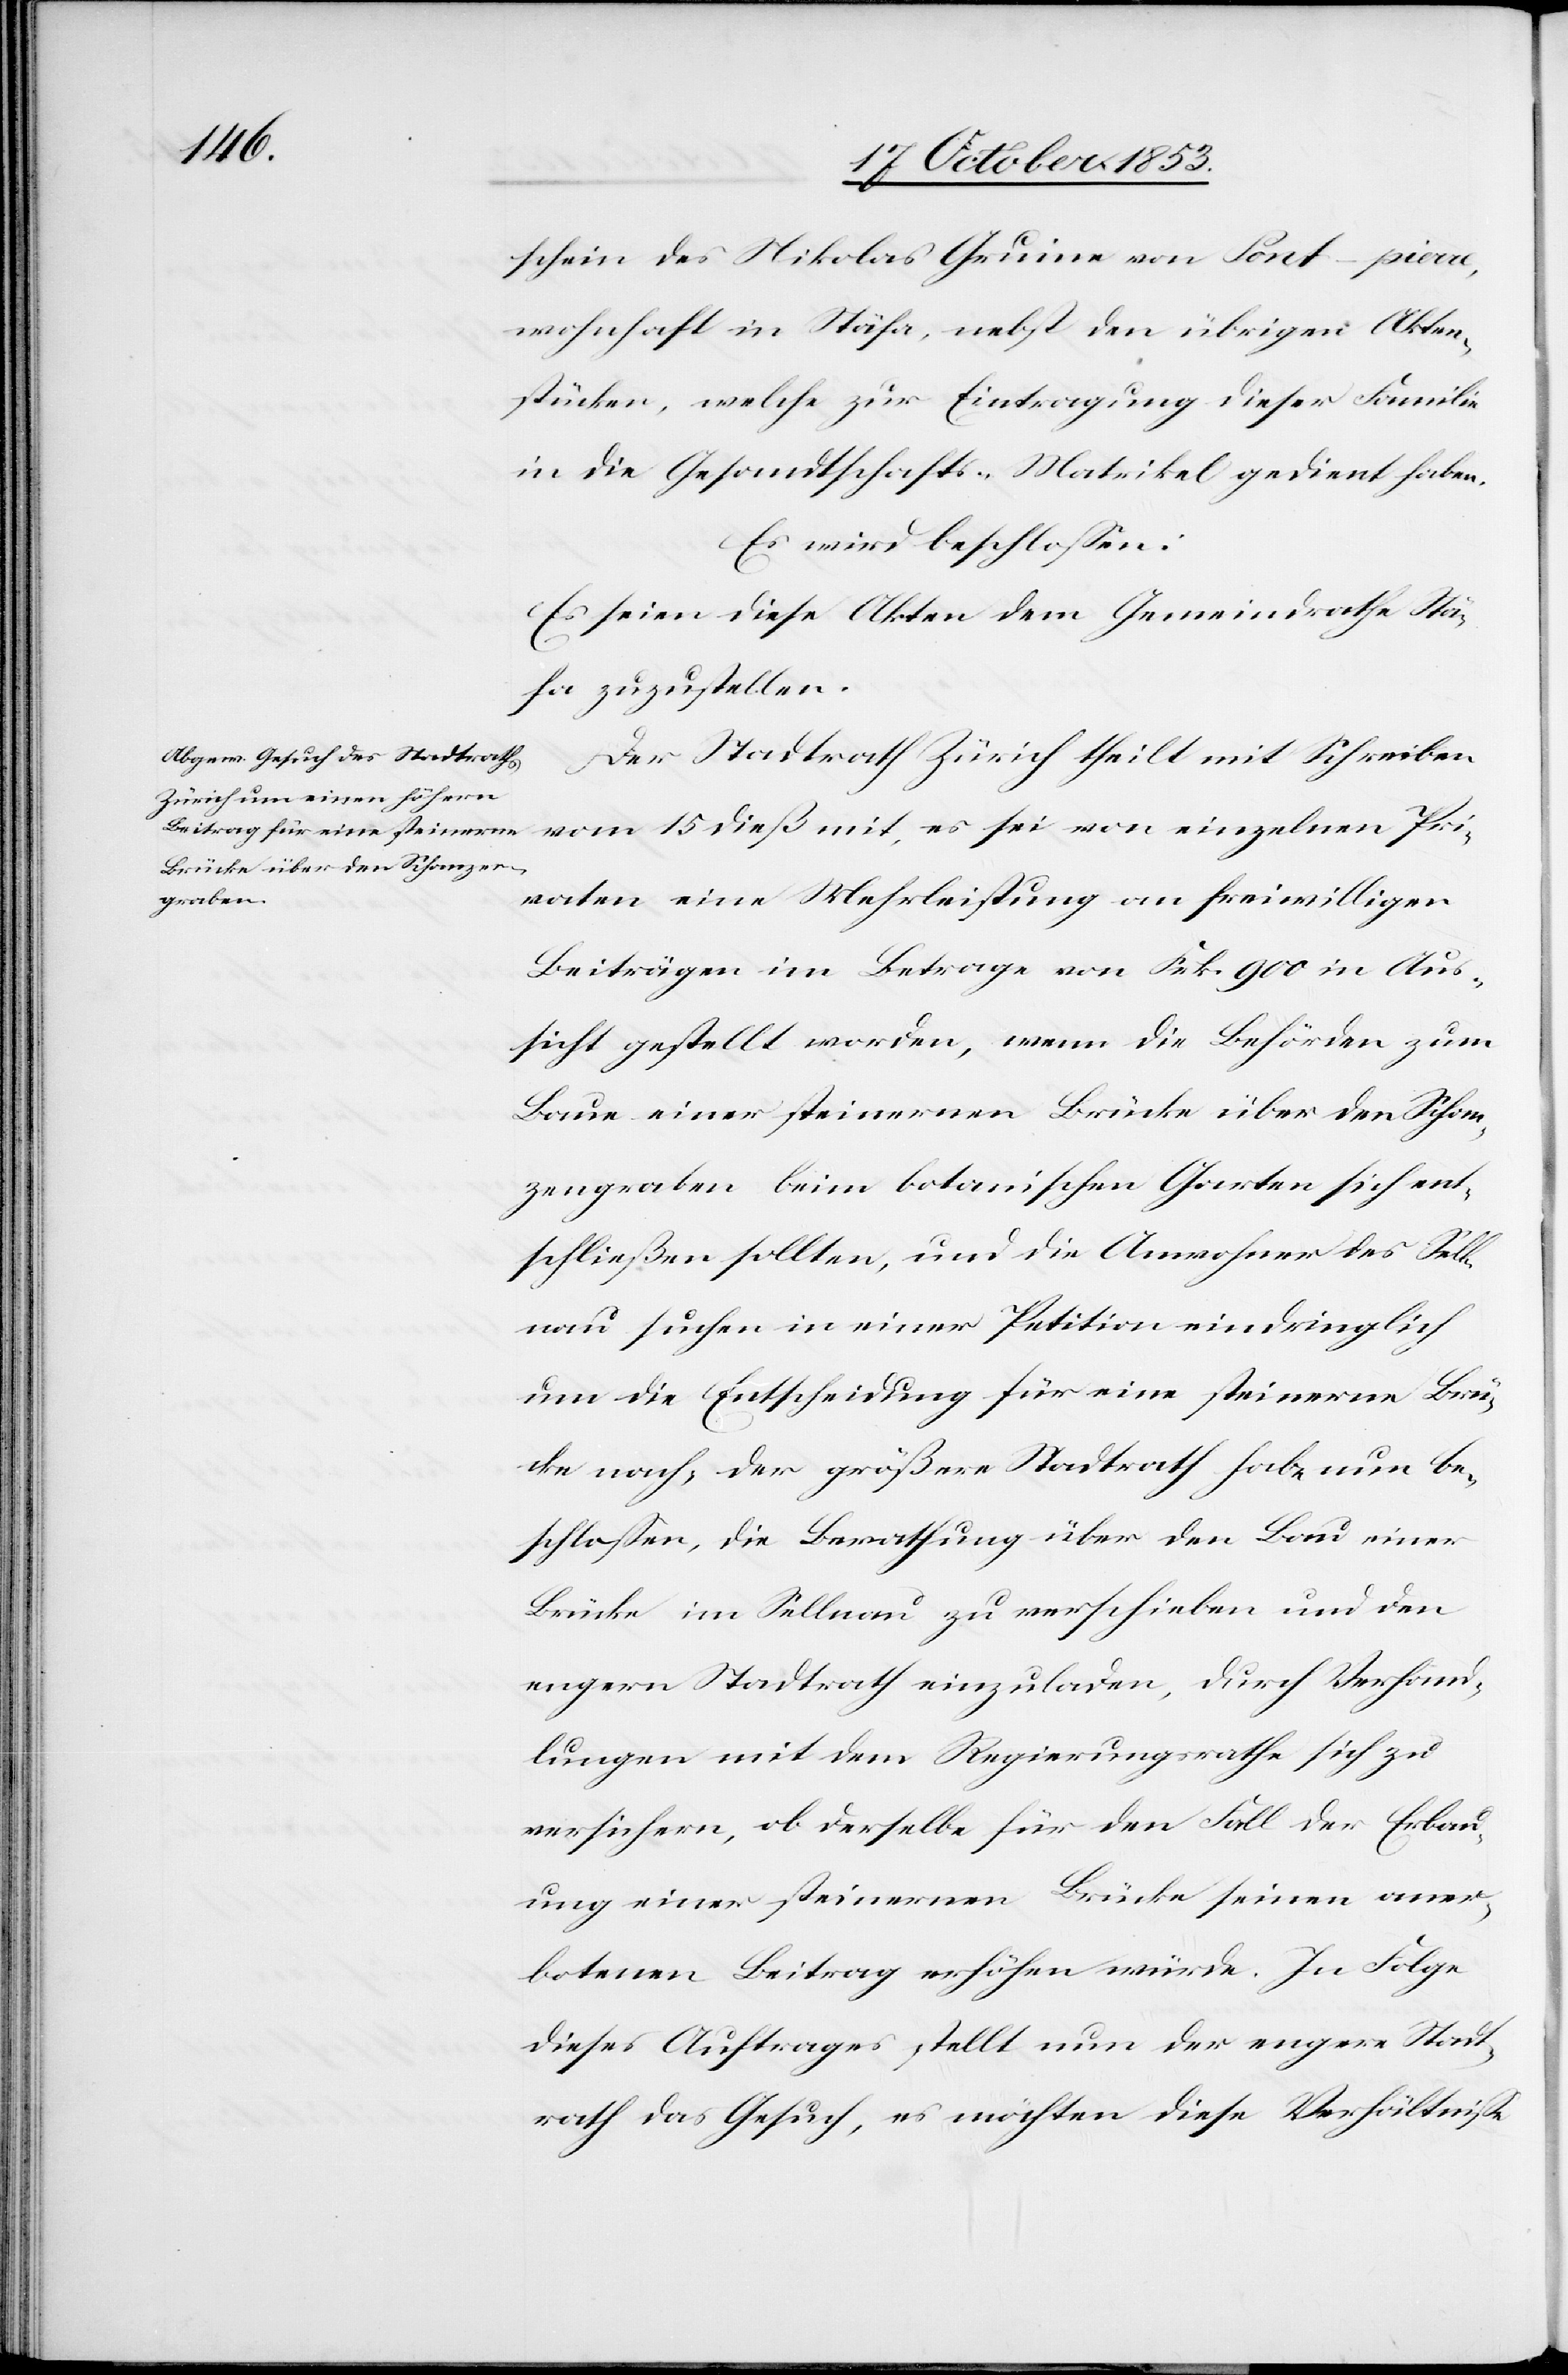
Pri¬
schein des Nikolas Gruine von Fort-piare,
wohnhaft in Stäfa, nebst den übrigen Akten¬
stücken, welche zur Eintragung dieser Familie
in die Gesandtschafts-Matrikel gedient haben.
Es wird beschloßen:
Es seien diese Akten dem Gemeindrathe Stä¬
fa zuzustellen.
Der Stadtrath Zürich theilt mit Schreiben
vaten eine Mehrleistung an freiwilligen
Beiträgen im Betrage von Frk. 900 in Aus¬
sicht gestellt worden, wenn die Behörden zum
Baue einer steinernen Brücke über den Schan¬
zengraben beim botanischen Garten sich ent¬
schließen sollten, und die Anwohner des Sell¬
nau suchen in einer Petition eindringlich
um die Entscheidung für eine steinerne Brü¬
cke nach, der größere Stadtrath habe nun be¬
schloßen, die Berathung über den Bau einer
Brücke im Sellnau zu verschieben und den
engern Stadtrath einzuladen, durch Verhand¬
lungen mit dem Regierungsrathe sich zu
versichern, ob derselbe für den Fall der Erbau¬
ung einer steinernen Brücke seinen aner¬
botenen Beitrag erhöhen würde. In Folge
dieses Auftrages stellt nun der engere Stadt¬
rath das Gesuch, es möchten diese Verhältniße